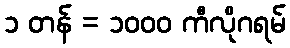
၁ တန် = ၁၀၀၀ ကီလိုဂရမ်